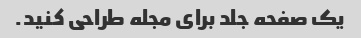
یک صفحه جلد برای مجله طراحی کنید.